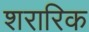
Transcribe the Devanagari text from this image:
शरारिक